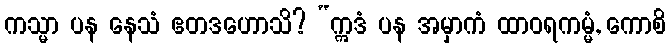
ကသ္မာ ပန နေသံ ဧတဒဟောသိ? “ဣဒံ ပန အမှာကံ ထာဝရကမ္မံ, ကောစိ